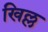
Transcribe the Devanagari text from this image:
खिल्ल